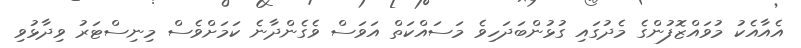
އެއާއެކު މުވައްޒޮފުންގެ މެދުގައި ގުޅުންބަދަހިވެ މަސައްކަތް އަވަސް ވެގެންދާނެ ކަމަށްވެސް މިނިސްޓަރު ވިދާޅުވި